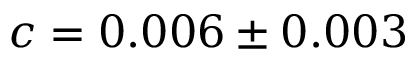
c = 0 . 0 0 6 \pm 0 . 0 0 3